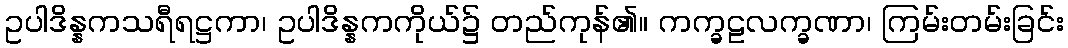
ဥပါဒိန္နကသရီရဋ္ဌကာ၊ ဥပါဒိန္နကကိုယ်၌ တည်ကုန်၏။ ကက္ခဠလက္ခဏာ၊ ကြမ်းတမ်းခြင်း